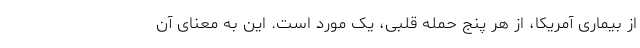
از بیماری آمریکا، از هر پنج حمله قلبی، یک مورد است. این به معنای آن